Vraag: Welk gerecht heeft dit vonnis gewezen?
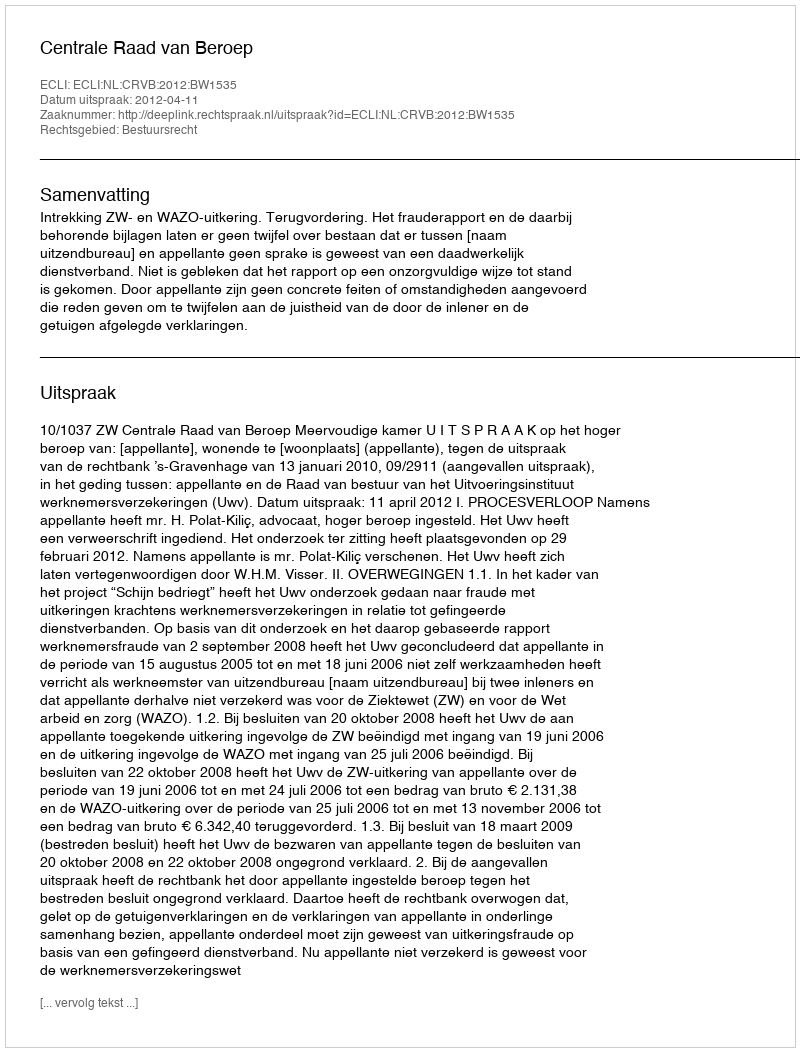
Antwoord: Centrale Raad van Beroep